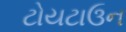
ટોયટાઉન